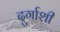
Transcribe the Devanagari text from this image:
दुर्गाशी